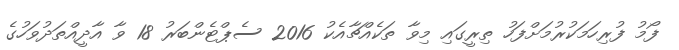
ފޯމު ފުރިހަމަކުރުމަށްފަހު ތިރީގައި މިވާ ތަކެއްޗާއެކު 2016 ސެޕްޓެންބަރު 18 ވާ އާދީއްތަދުވަހުގެ